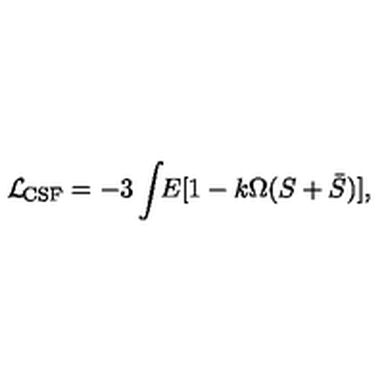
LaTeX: { \cal { L } } _ { \! \mathrm { \tiny { C S F } } } = - 3 \int \! \! E [ 1 - k \Omega ( S + \bar { S } ) ] ,